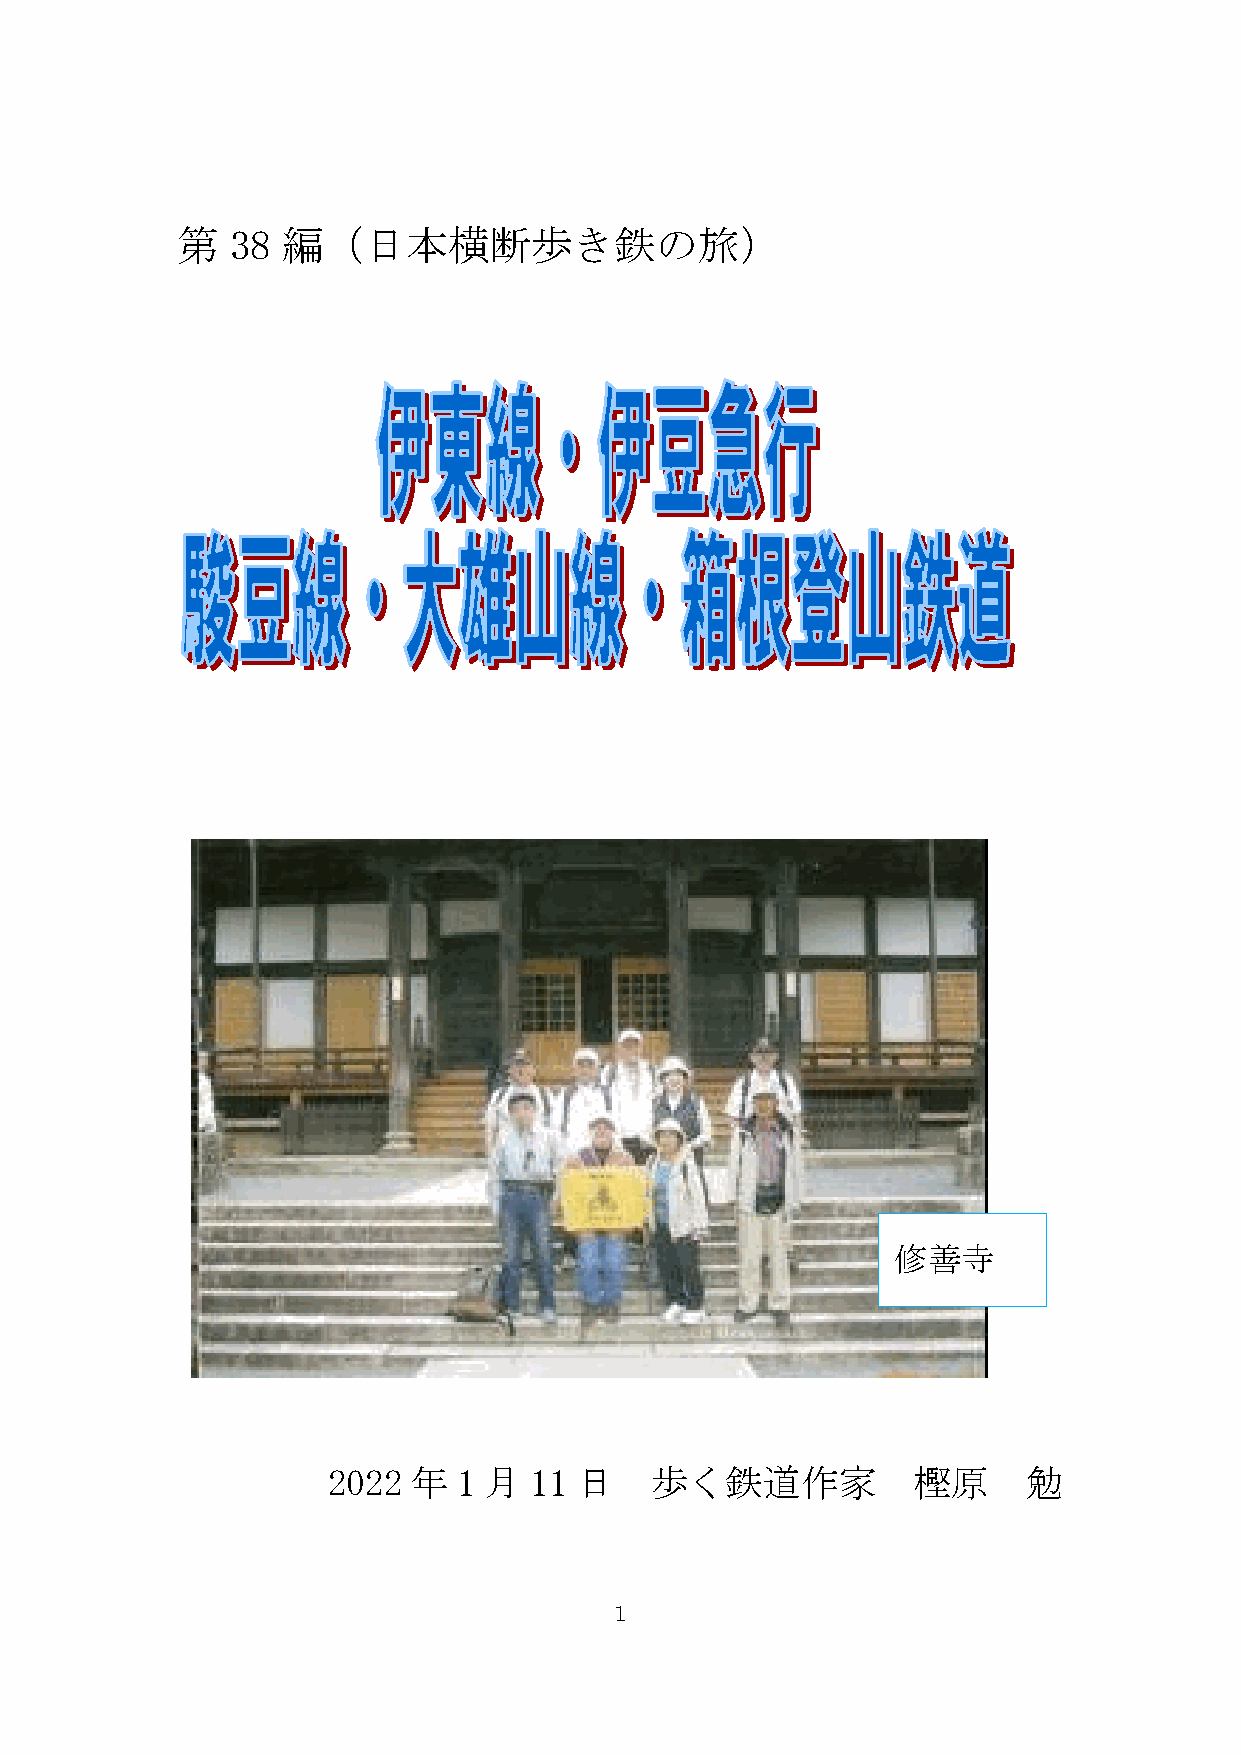
第  38  編（日本横断歩き鉄の旅）
 修善寺
 2022 年  1 月  11 日    歩く鉄道作家           樫原      勉
 1